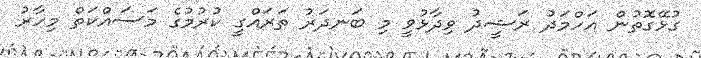
ގުޅޭގޮތުން އަހްމަދު ރަޝީދު ވިދާޅުވީ މި ބަނދަރު ތަރައްގީ ކުރުމުގެ މަސައްކަތް މިހާރު